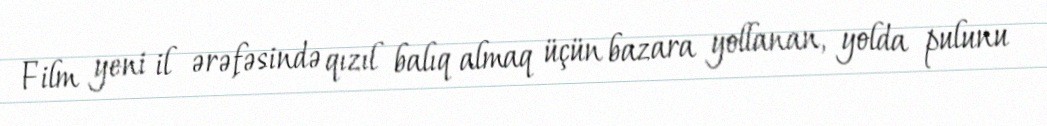
Film yeni il ərəfəsində qızıl balıq almaq üçün bazara yollanan, yolda pulunu